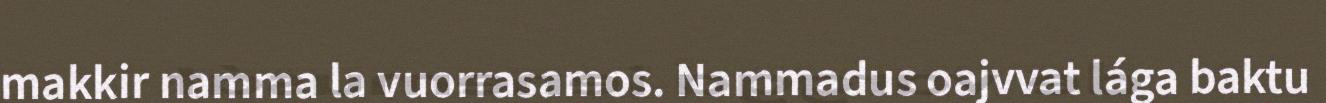
makkir namma la vuorrasamos. Nammadus oajvvat lága baktu